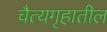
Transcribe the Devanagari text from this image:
चैत्यगृहातील